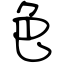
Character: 色